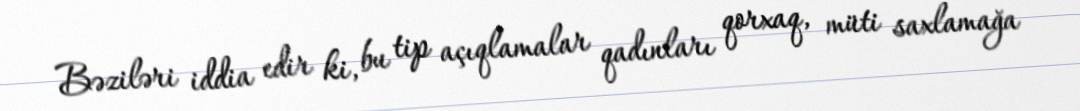
Bəziləri iddia edir ki, bu tip açıqlamalar qadınları qorxaq, müti saxlamağa